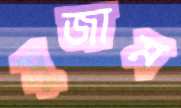
মুজাম